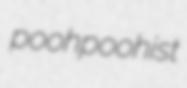
poohpoohist